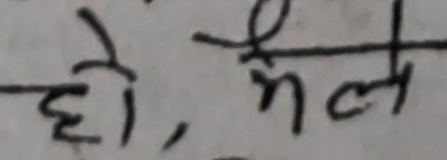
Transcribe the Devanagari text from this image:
हो, मैले